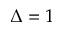
\Delta = 1